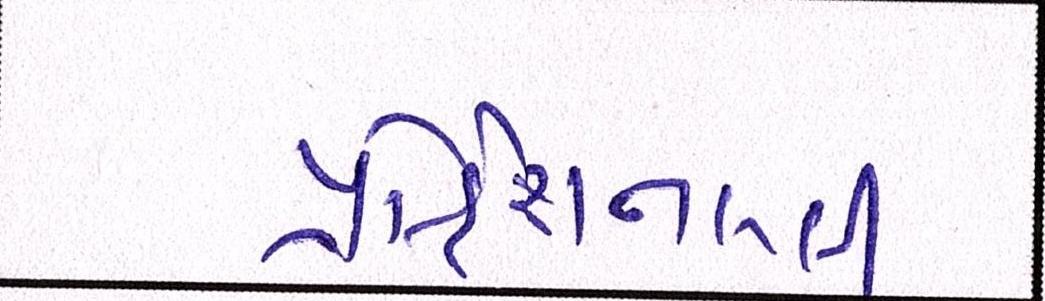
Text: પ્રોફેશનલી